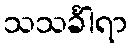
သသင်္ခါရာ